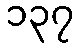
၁၃၇